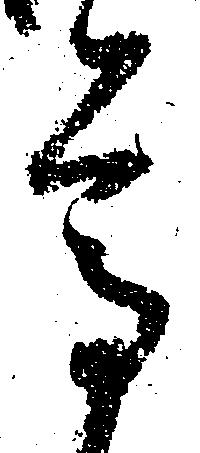
尊